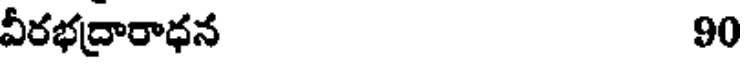
వీరభద్రారాధన 90